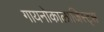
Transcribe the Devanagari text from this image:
गायनोकालाजिस्ट्स